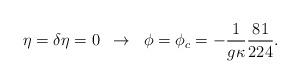
LaTeX: \begin{align*}\eta = \delta \eta = 0 \; \;\rightarrow\; \; \phi = \phi_c =-\frac{1}{g \kappa} \frac{81}{224} .\end{align*}